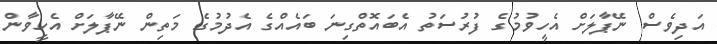
އަދިވެސް ނޭޕާލަށް އެހީވުމުގެ ފުރުސަތު އެބައޮތްގިނަ ބައެއްގެ އެދުމުގެ މަތިން ނޭޕާލަށް އެހީވާން